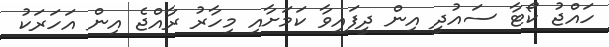
ހައްޖު ކޯޓާ ސައުދީ އިން ދީފައިވާ ކަމަށާއި މިހާރު ރާއްޖެ އިން އަހަރަކު